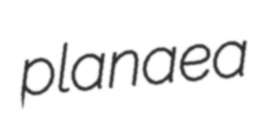
planaea